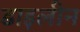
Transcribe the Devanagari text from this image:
डाइलीन